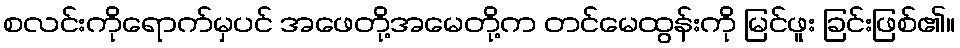
စလင်းကိုရောက်မှပင် အဖေတို့အမေတို့က တင်မေထွန်းကို မြင်ဖူး ခြင်းဖြစ်၏။